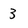
Character: 3